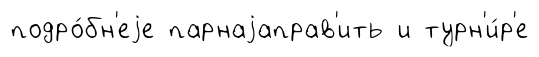
подро́бн'еjе парнаjаправ'ить и турн'и́р'е